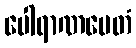
ပေါရာဏမေတံ